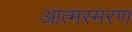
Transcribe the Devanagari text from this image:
आत्मस्मरण